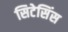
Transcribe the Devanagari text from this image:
सिटेसिंस